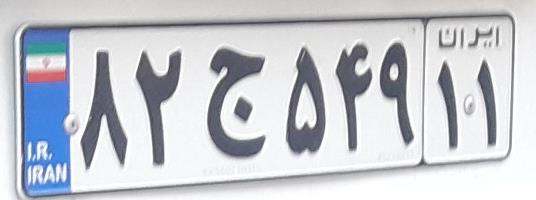
۸۲ج۵۴۹۱۱